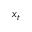
\boldsymbol { x } _ { t }